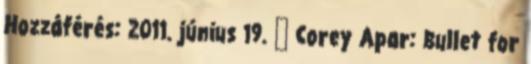
Hozzáférés: 2011. június 19. ↑ Corey Apar: Bullet for